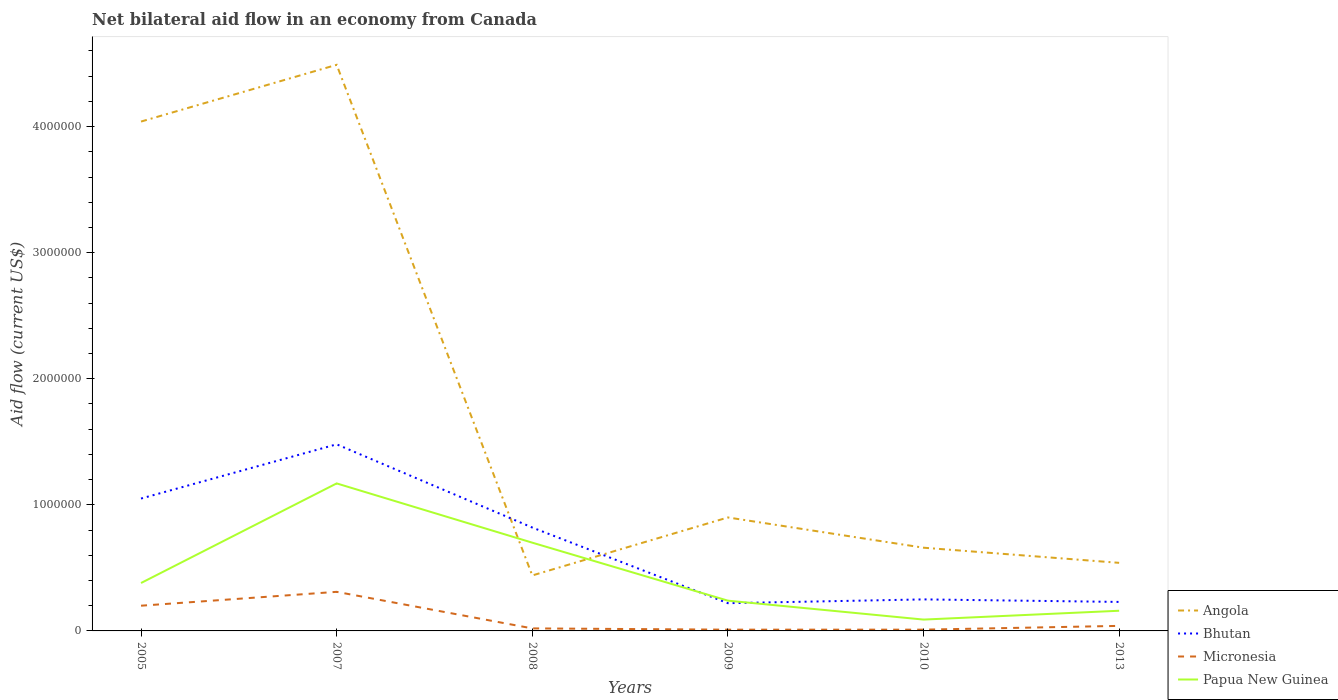
| Years | Angola | Bhutan | Micronesia | Papua New Guinea |
 | --- | --- | --- | --- | --- |
 | 2005 | 4.04e+06 | 1.05e+06 | 2e+05 | 3.8e+05 |
 | 2007 | 4.49e+06 | 1.48e+06 | 3.1e+05 | 1.17e+06 |
 | 2008 | 4.4e+05 | 8.2e+05 | 2e+04 | 7e+05 |
 | 2009 | 9e+05 | 2.2e+05 | 1e+04 | 2.4e+05 |
 | 2010 | 6.6e+05 | 2.5e+05 | 1e+04 | 9e+04 |
 | 2013 | 5.4e+05 | 2.3e+05 | 4e+04 | 1.6e+05 |